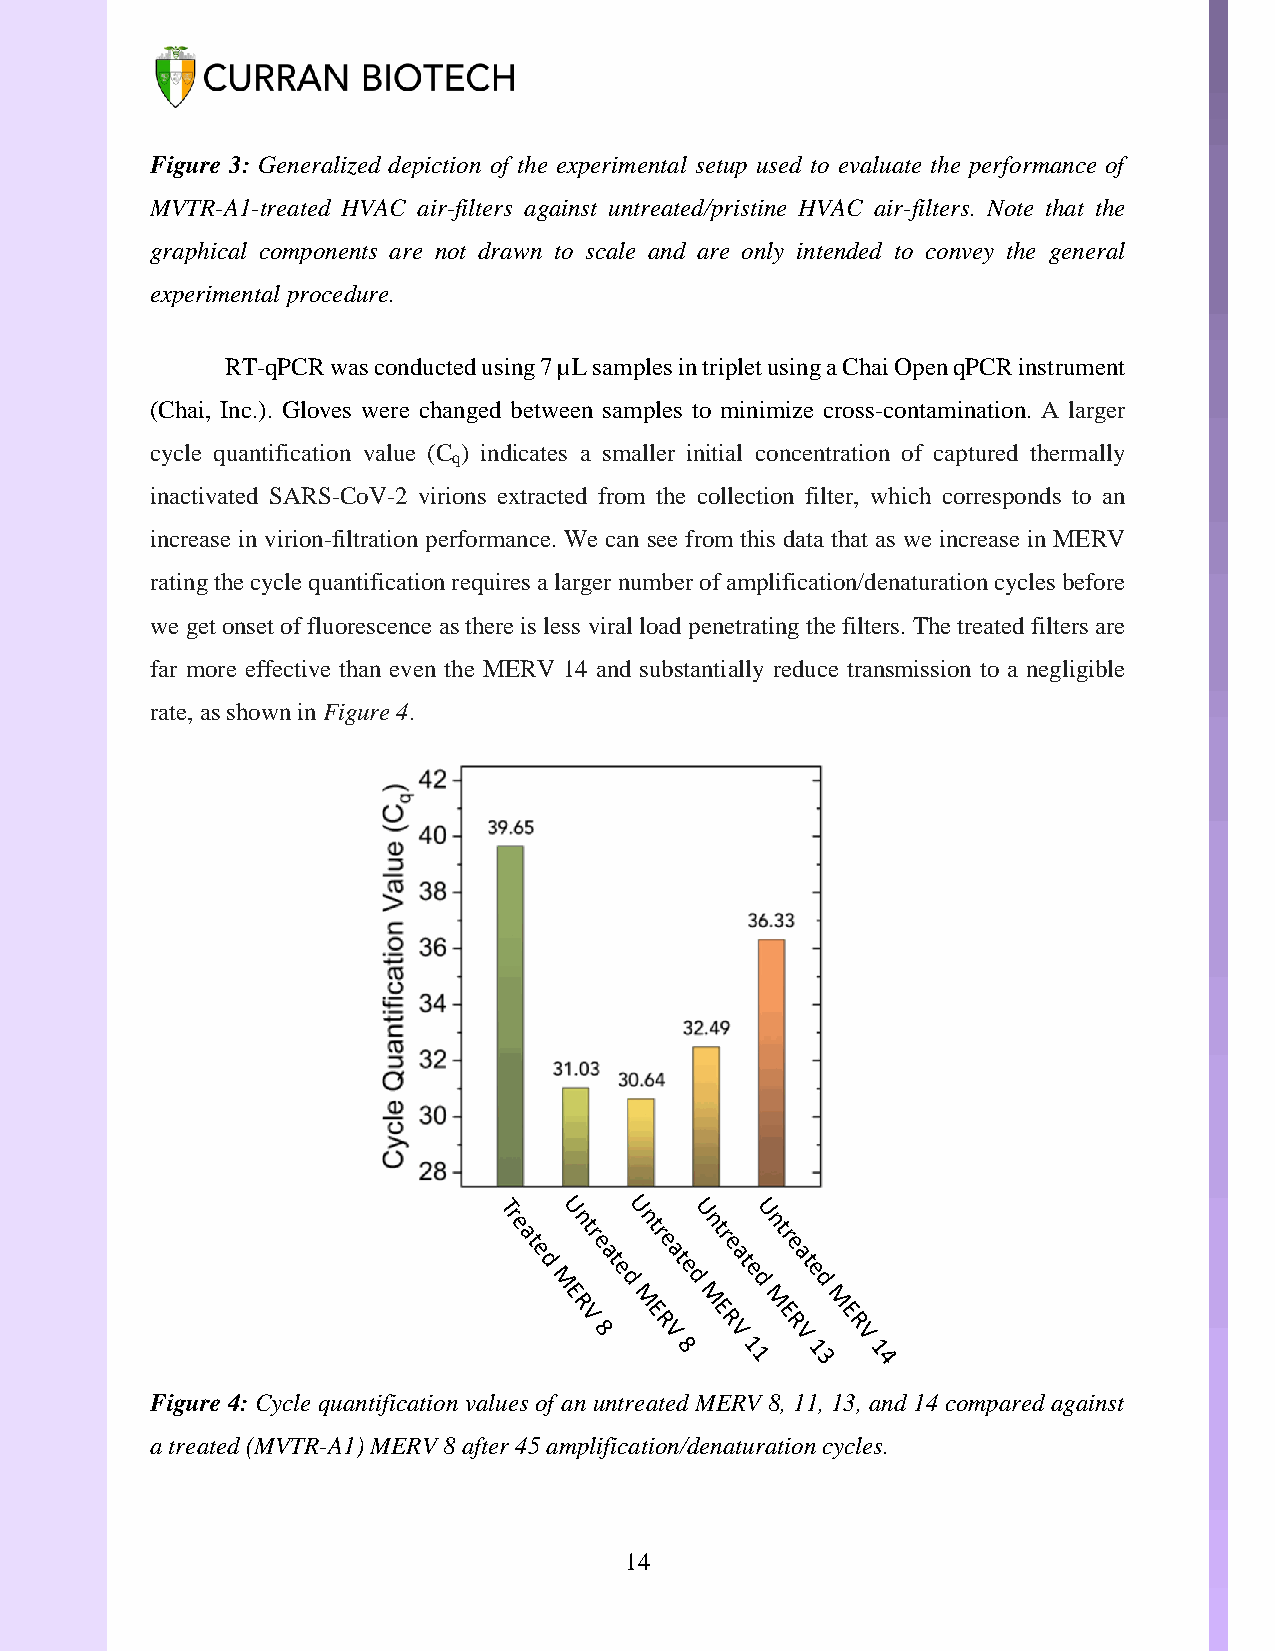
Figure 3: Generalized depiction of the experimental setup used to evaluate the performance of
 MVTR-A1-treated HVAC air-filters against untreated/pristine HVAC air-filters. Note that the
 graphical components are not drawn to scale and are only intended to convey the general
 experimental procedure.
 RT-qPCR was conducted using 7 µL samples in triplet using a Chai Open qPCR instrument
 (Chai, Inc.). Gloves were changed between samples to minimize cross-contamination. A larger
 cycle quantification value (C ) indicates a smaller initial concentration of captured thermally
 q
 inactivated SARS-CoV-2 virions extracted from the collection filter, which corresponds to an
 increase in virion-filtration performance. We can see from this data that as we increase in MERV
 rating the cycle quantification requires a larger number of amplification/denaturation cycles before
 we get onset of fluorescence as there is less viral load penetrating the filters. The treated filters are
 far more effective than even the MERV 14 and substantially reduce transmission to a negligible
 rate, as shown in Figure 4.
 Tr
 e a
 U
 n t r
 U
 n t r
 U
 n t r
 U
 n t r
 t   e   e    e   e
 e d a t e a t e a t e a t e
 M    d   d    d   d
 E R V M E R M E R M E R M E R
 8    V   V   V   V
 8    1   1   1
 1    3   4
 Figure 4: Cycle quantification values of an untreated MERV 8, 11, 13, and 14 compared against
 a treated (MVTR-A1) MERV 8 after 45 amplification/denaturation cycles.
 14